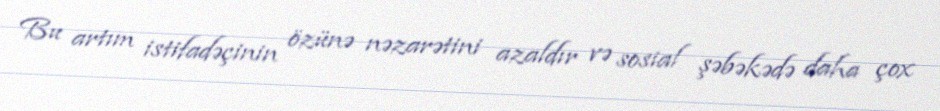
Bu artım istifadəçinin özünə nəzarətini azaldır və sosial şəbəkədə daha çox